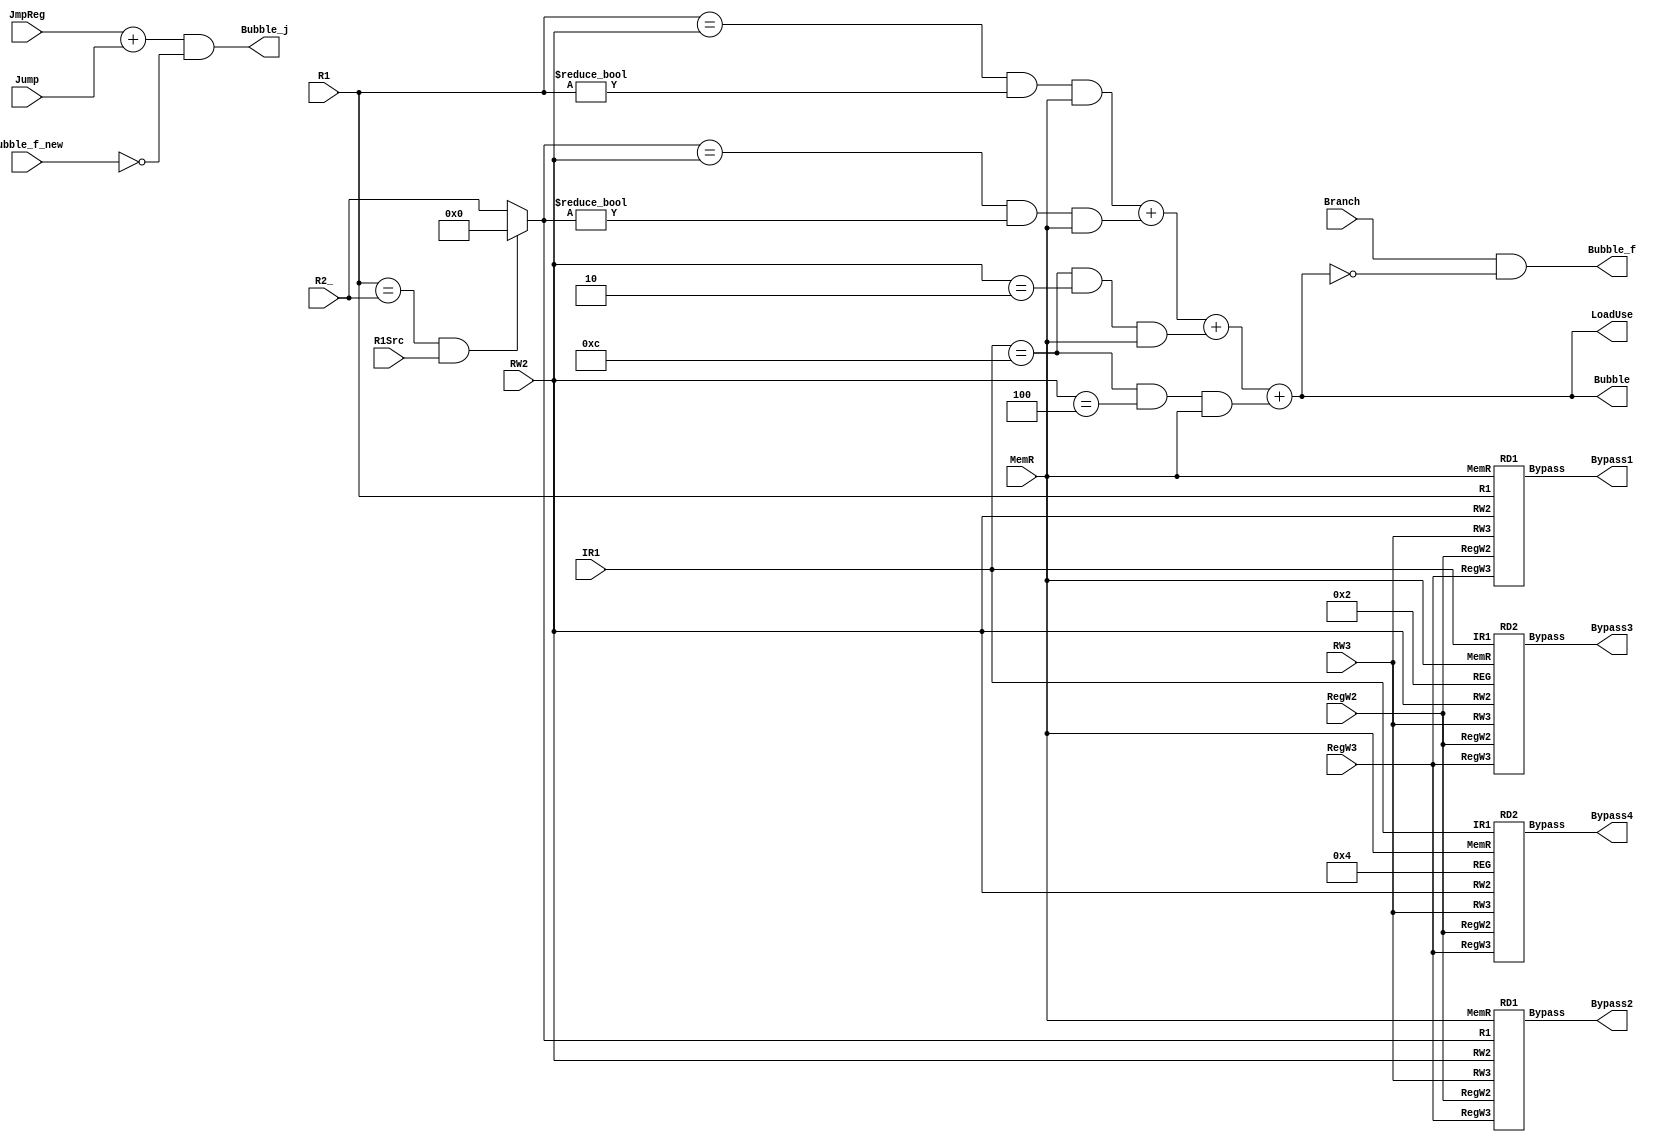
`timescale 1ns / 1ps

module Redirect (
    input wire [4:0] R1,    // Clock
    input wire [4:0] R2_,
    input wire [31:0] IR1,
    input wire [4:0] RW2,
    input wire [4:0] RW3,
    input Branch,
    input JmpReg,
    input Jump,
    input MemR,
    input RegW2,
    input RegW3,
    input R1Src,
    input Bubble_f_new,
    output [1:0] Bypass1,
    output [1:0] Bypass2,
    output [1:0] Bypass3,
    output [1:0] Bypass4,
    output Bubble,
    output Bubble_f,
    output Bubble_j,
    output LoadUse
);
    wire [4:0] R2;
    wire [4:0] reg2, reg4;

    assign Bubble_j = (JmpReg + Jump) & (~Bubble_f_new);
    assign Bubble_f = (Branch) & (~Bubble);
    assign R2 = ((R1 == R2_) & R1Src) ? 0 : R2_;
    assign reg2 = 2;
    assign reg4 = 4;
    assign LoadUse = ((R1 == RW2) & (R1 != 0) & MemR) +
                     ((R2 == RW2) & (R2 != 0) & MemR) +
                     ((IR1 == 12) & (RW2 == 2) & MemR) +
                     ((IR1 == 12) & (RW2 == 4) & MemR);
    assign Bubble = LoadUse;

    RD1 
        rd1_ins1(
            .R1(R1),
            .RW2(RW2),
            .RW3(RW3),
            .MemR(MemR),
            .RegW2(RegW2),
            .RegW3(RegW3),
            .Bypass(Bypass1)
        ),
        rd1_ins2(
            .R1(R2),
            .RW2(RW2),
            .RW3(RW3),
            .MemR(MemR),
            .RegW2(RegW2),
            .RegW3(RegW3),
            .Bypass(Bypass2)
        );

    RD2 
        rd2_ins1(
            .IR1(IR1),
            .RW2(RW2),
            .RW3(RW3),
            .REG(reg2),
            .MemR(MemR),
            .RegW2(RegW2),
            .RegW3(RegW3),
            .Bypass(Bypass3)
        ),
        rd2_ins2(
            .IR1(IR1),
            .RW2(RW2),
            .RW3(RW3),
            .REG(reg4),
            .MemR(MemR),
            .RegW2(RegW2),
            .RegW3(RegW3),
            .Bypass(Bypass4)
        );

endmodule

module RD1 (
    input wire [4:0] R1,
    input wire [4:0] RW2,
    input wire [4:0] RW3,
    input MemR,
    input RegW2,
    input RegW3,
    output [1:0] Bypass
);
    wire w01, w10, w11, w101;
    wire [1:0] bypass_tmp;
    wire choose;

    assign w01 = (R1 == RW2) & (R1 != 0) & (~MemR) & (RegW2);
    assign w101 = (R1 == RW3) & (R1 != 0) & (RegW3);
    assign w10 = (MemR == 1) ? 0 : w101;
    assign w11 = (MemR == 1) ? w101 : 0;
    assign bypass_tmp[0] = ((w01) + (w11)) & (~w10);
    assign bypass_tmp[1] = (w11 + w10) & (~w01);
    assign choose = (RW2 == RW3) & (RW2 == R1) & (R1 != 0);
    assign Bypass = (choose == 1) ? 1 : bypass_tmp;

endmodule

module RD2 (
    input wire [31:0] IR1,
    input wire [4:0] RW2,
    input wire [4:0] RW3,
    input wire [4:0] REG,
    input MemR,
    input RegW2,
    input RegW3,
    output [1:0] Bypass
);
    wire w01, w10, w11, w101;
    wire [1:0] bypass_tmp;
    wire choose;

    assign w01 = (IR1 == 12) & (RW2 == REG) & (~MemR) & (RegW2);
    assign w101 = (IR1 == 12) & (RW3 == REG) & (RegW3);
    assign w10 = (MemR == 1) ? 0 : w101;
    assign w11 = (MemR == 1) ? w101 : 0;
    assign bypass_tmp[0] = ((w01) + (w11)) & (~w10);
    assign bypass_tmp[1] = (w11 + w10) & (~w01);
    assign choose = (RW2 == RW3) & (RW2 == REG);
    assign Bypass = (choose == 1) ? 1 : bypass_tmp;

endmodule